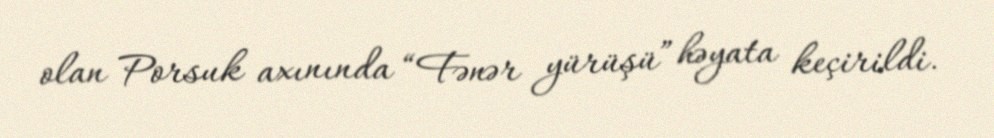
olan Porsuk axınında “Fənər yürüşü” həyata keçirildi.